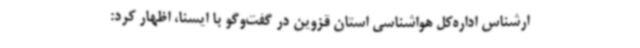
ارشناس اداره‌کل هواشناسی استان قزوین در گفت‌وگو با ایسنا، اظهار کرد: